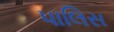
પાલિસ